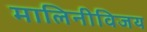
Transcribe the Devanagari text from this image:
मालिनीविजय